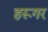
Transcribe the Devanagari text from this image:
हरूगर